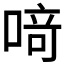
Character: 𫫀